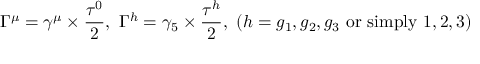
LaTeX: \Gamma ^ { \mu } = \gamma ^ { \mu } \times \frac { \tau ^ { 0 } } { 2 } , \ \Gamma ^ { h } = \gamma _ { 5 } \times \frac { \tau ^ { h } } { 2 } , \ ( h = g _ { 1 } , g _ { 2 } , g _ { 3 } \mathrm { \ o r \ s i m p l y \ } 1 , 2 , 3 )